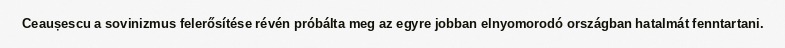
Ceaușescu a sovinizmus felerősítése révén próbálta meg az egyre jobban elnyomorodó országban hatalmát fenntartani.